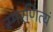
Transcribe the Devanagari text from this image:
स्मरणित्यं